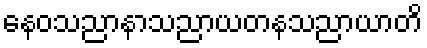
နေဝသညာနာသညာယတနသညာယာတိ